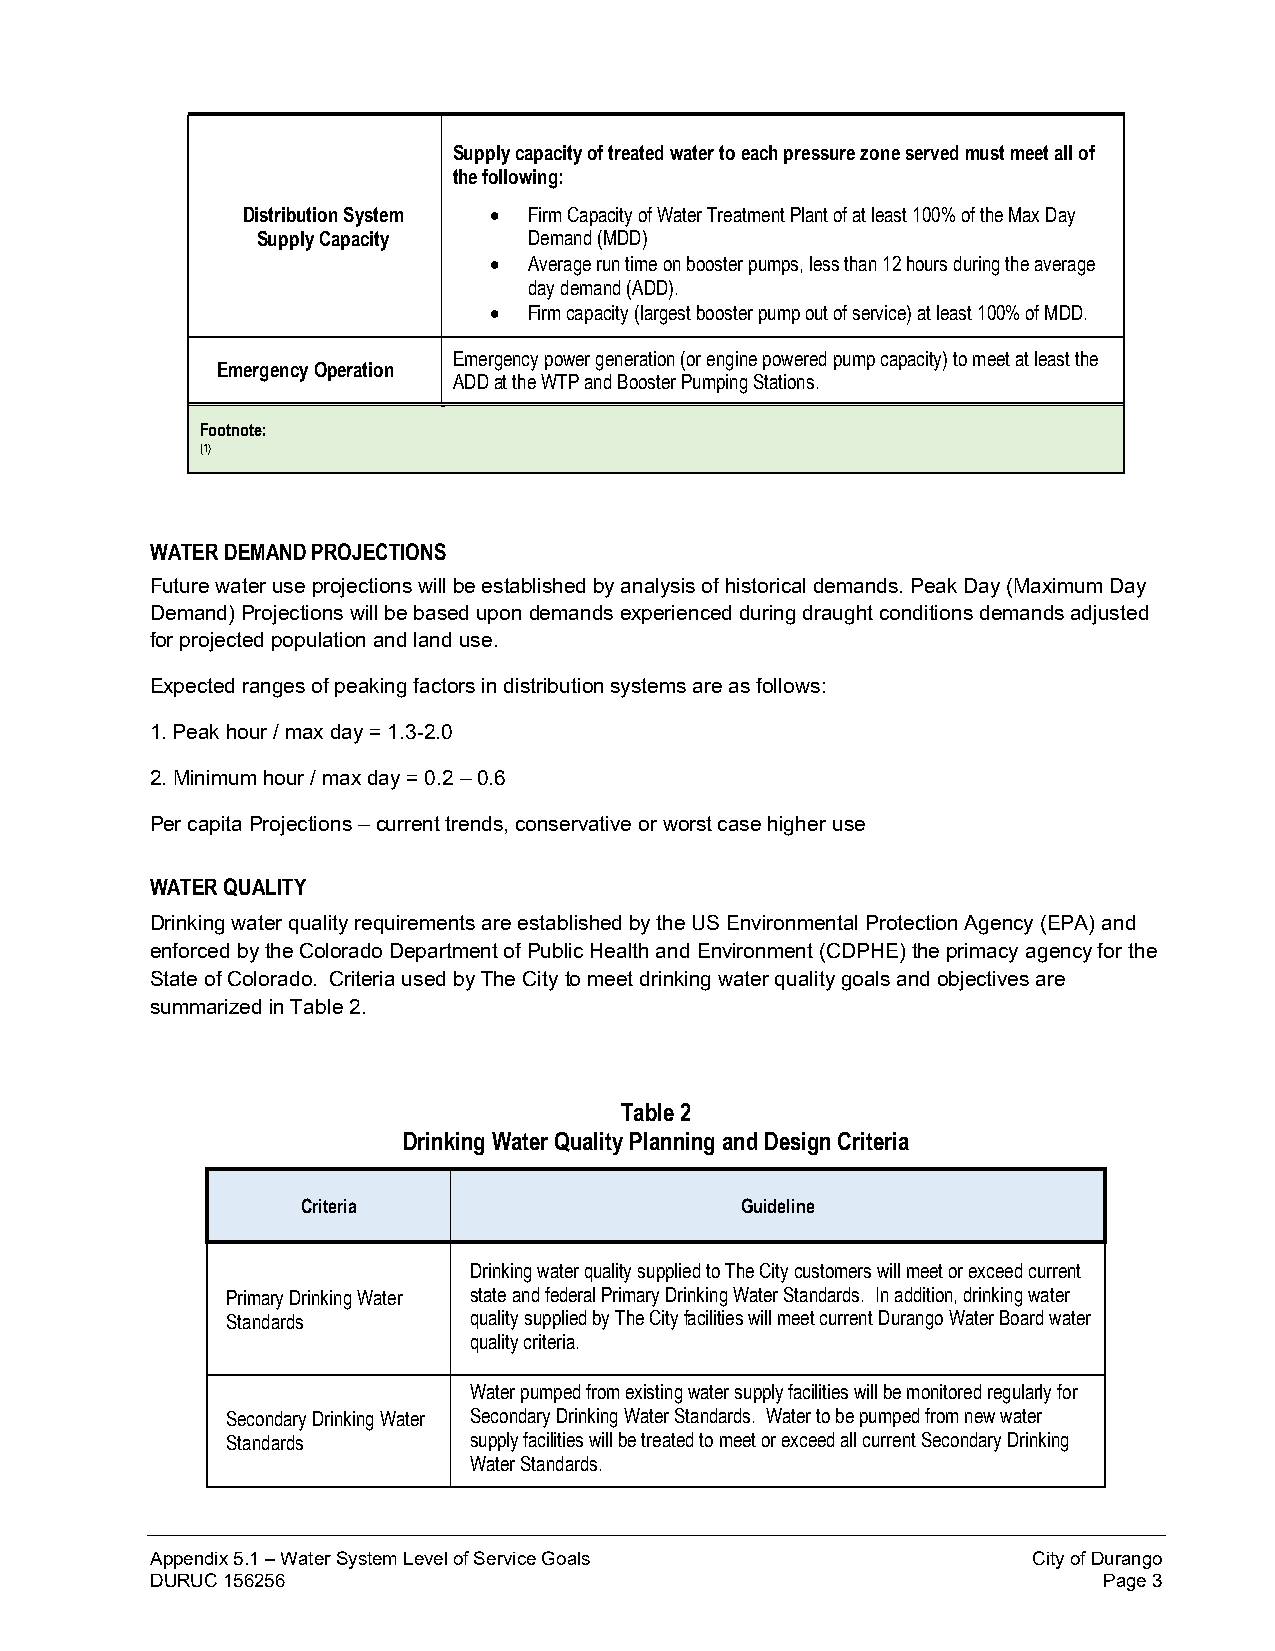
Supply capacity of treated water to each pressure zone served must meet all of
 the following:
 Distribution System • Firm Capacity of Water Treatment Plant of at least 100% of the Max Day
 Supply Capacity   Demand (MDD)
 •  Average run time on booster pumps, less than 12 hours during the average
 day demand (ADD).
 •  Firm capacity (largest booster pump out of service) at least 100% of MDD.
 Emergency power generation (or engine powered pump capacity) to meet at least the
 Emergency Operation
 ADD at the WTP and Booster Pumping Stations.
 Footnote:
 (1)
 WATER DEMAND PROJECTIONS
 Future water use projections will be established by analysis of historical demands. Peak Day (Maximum Day
 Demand) Projections will be based upon demands experienced during draught conditions demands adjusted
 for projected population and land use.
 Expected ranges of peaking factors in distribution systems are as follows:
 1. Peak hour / max day = 1.3-2.0
 2. Minimum hour / max day = 0.2 – 0.6
 Per capita Projections – current trends, conservative or worst case higher use
 WATER QUALITY
 Drinking water quality requirements are established by the US Environmental Protection Agency (EPA) and
 enforced by the Colorado Department of Public Health and Environment (CDPHE) the primacy agency for the
 State of Colorado. Criteria used by The City to meet drinking water quality goals and objectives are
 summarized in Table 2.
 Table 2
 Drinking Water Quality Planning and Design Criteria
 Criteria                     Guideline
 Drinking water quality supplied to The City customers will meet or exceed current
 Primary Drinking Water state and federal Primary Drinking Water Standards. In addition, drinking water
 Standards       quality supplied by The City facilities will meet current Durango Water Board water
 quality criteria.
 Water pumped from existing water supply facilities will be monitored regularly for
 Secondary Drinking Water Secondary Drinking Water Standards. Water to be pumped from new water
 Standards       supply facilities will be treated to meet or exceed all current Secondary Drinking
 Water Standards.
 Appendix 5.1 – Water System Level of Service Goals        City of Durango
 DURUC 156256                                                   Page 3